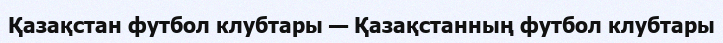
Қазақстан футбол клубтары — Қазақстанның футбол клубтары